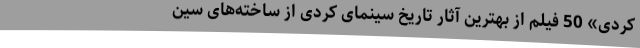
کُردی» 50 فیلم از بهترین آثار تاریخ سینمای کُردی از ساخته‌های سین